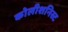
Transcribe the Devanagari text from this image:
कोलीशनिस्ट